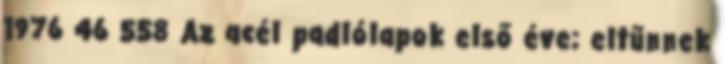
1976 46 558 Az acél padlólapok első éve; eltűnnek